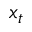
x _ { t }